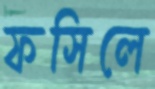
ফসিলে